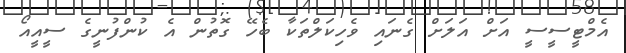
އެމްޓީސީސީ އަށް އަލަށް ގެނައި ވެހިކަލްތަކާ ބެހޭ ގޮތުން އެ ކުންފުނީގެ ސީއީއޯ